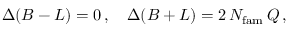
\Delta ( B - L ) = 0 \, , \quad \Delta ( B + L ) = 2 \, N _ { \mathrm { f a m } } \, Q \, ,